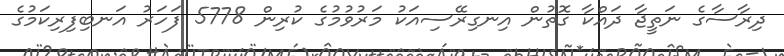
ދިރާސާގެ ނަތީޖާ ދައްކާ ގޮތުން އިނގިރޭސިއަކު މަރުވުމުގެ ކުރިން 5778 ފަހަރު އަނބިފިރިކަމުގެ